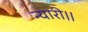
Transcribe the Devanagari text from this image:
न्यारी।।